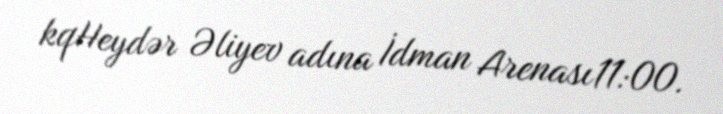
kqHeydər Əliyev adına İdman Arenası11:00.